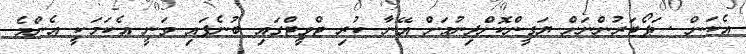
އެކަން ސަޕޯޓަރުންނަށް ޔަގީންކޮށްދިނުމަށް އޭނާ ކުރި ޓްވީޓްގައި ބުނެފައި ވަނީ އެކަމަކީ އެންމެ